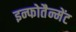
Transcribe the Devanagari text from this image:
इन्फोतैन्मेंट